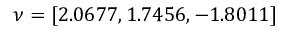
\nu = [ 2 . 0 6 7 7 , 1 . 7 4 5 6 , - 1 . 8 0 1 1 ]